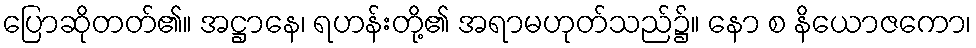
ပြောဆိုတတ်၏။ အဋ္ဌာနေ၊ ရဟန်းတို့၏ အရာမဟုတ်သည်၌။ နော စ နိယောဇကော၊